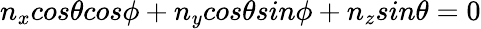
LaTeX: n_{x}cos\theta cos\phi+n_{y}cos\theta sin\phi+n_{z}sin\theta=0